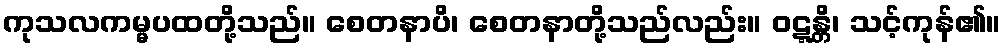
ကုသလကမ္မပထတို့သည်။ စေတနာပိ၊ စေတနာတို့သည်လည်း။ ဝဋ္ဋန္တိ၊ သင့်ကုန်၏။